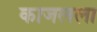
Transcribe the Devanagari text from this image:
काजलला